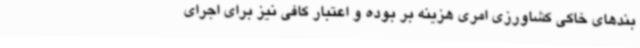
بندهای خاکی کشاورزی امری هزینه بر بوده و اعتبار کافی نیز برای اجرای